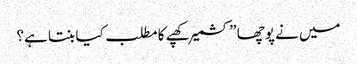
میں نے پوچھا ”کشمیر کھپے کا مطلب کیا بنتا ہے؟